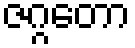
ဇဂ္ဂတော